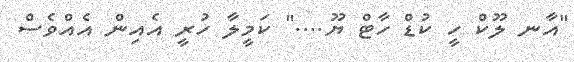
"އާނ ލޫކް ހީ ކުޑް ހާޓް ޔޫ...." ކަމީލާ ހުރީ އެއިން އެއްވެސް